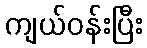
ကျယ်ဝန်းပြီး